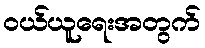
ဝယ်ယူရေးအတွက်